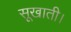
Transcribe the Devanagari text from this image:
सूखाती।